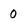
Character: 0